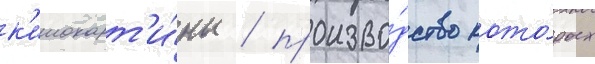
к'инокарт'и́ны / произво́дство кото́рых